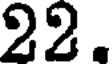
22.